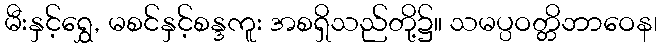
မီးနှင့်ရွှေ, မစင်နှင့်စန္ဒကူး အစရှိသည်တို့၌။ သမပ္ပဝတ္တိဘာဝေန၊